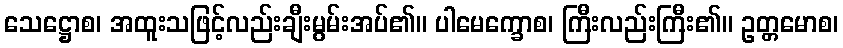
သေဋ္ဌောစ၊ အထူးသဖြင့်လည်းချီးမွမ်းအပ်၏။ ပါမေက္ခောစ၊ ကြီးလည်းကြီး၏။ ဥတ္တမောစ၊